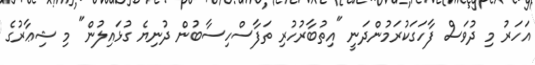
އަހަރު މި ދުވަސް ފާހަގަކުރަމުންދަނީ "އިތުބާރުހުރި ތަފާސްހިސާބުން ދުނިޔެ ގުޅައިލުން" މި ޝިޢާރުގެ